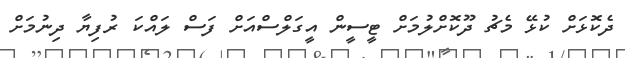
ދެކޮޅަށް ކުޅޭ މެޗު ދޫކޮށްލުމަށް ޓީސީން އީގަލްސްއަށް ފަސް ލައްކަ ރުފިޔާ ދިނުމަށް